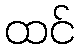
ထင်